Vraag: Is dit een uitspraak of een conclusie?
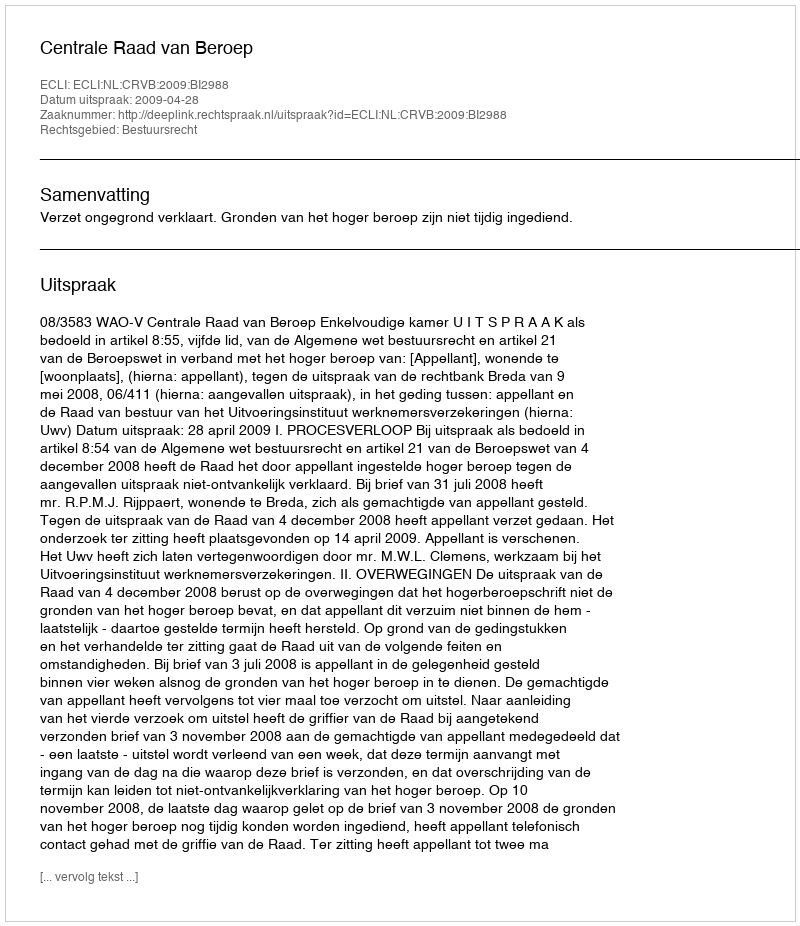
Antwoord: Uitspraak